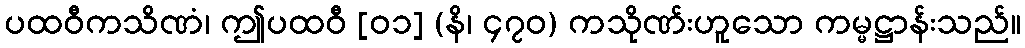
ပထဝီကသိဏံ၊ ဤပထဝီ [၀၁] (နိ၊ ၄၇၀) ကသိုဏ်းဟူသော ကမ္မဋ္ဌာန်းသည်။